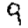
Digit: 9